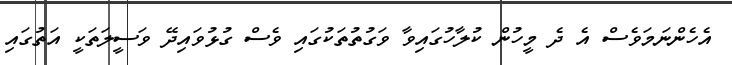
އެހެންނަމަވެސް އެ ދެ މީހުން ކުލާހުގައިވާ ވަގުތުތަކުގައި ވެސް ގުޅުވައިދޭ ވަސީލަތަކީ އަތުގައި